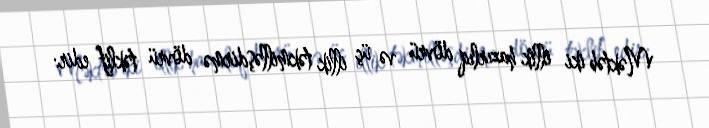
Məktəb iki illik hazırlıq dövrü və üç illik təkmilləşdirmə dövrü təklif edir: